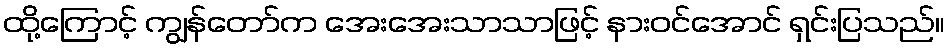
ထို့ကြောင့် ကျွန်တော်က အေးအေးသာသာဖြင့် နားဝင်အောင် ရှင်းပြသည်။